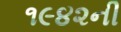
૧૯૪૨ની